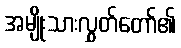
အမျိုးသားလွှတ်တော်၏